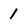
Character: 1